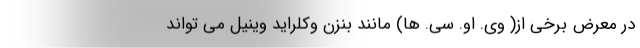
در معرض برخی از( وی. او. سی. ها) مانند بنزن وکلراید وینیل می تواند